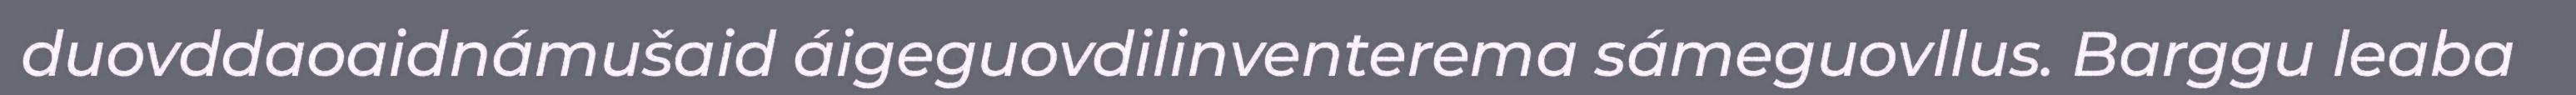
duovddaoaidnámušaid áigeguovdilinventerema sámeguovllus. Barggu leaba